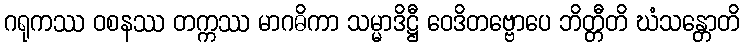
ဂရုကဿ ဝစနဿ တက္ကဿ မာဂဓိကာ သမ္မာဒိဋ္ဌီ ဝေဒိတဗ္ဗောပေ ဘိတ္တီတိ ဃံသန္တောတိ